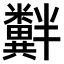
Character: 𫃘